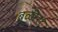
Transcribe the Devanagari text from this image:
बळी२१